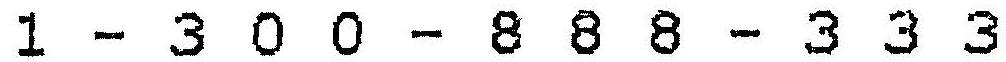
1 - 3 0 0 - 8 8 8 - 3 3 3